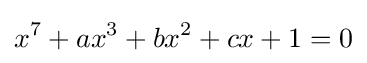
x^{7}+ax^{3}+bx^{2}+cx+1=0